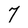
Character: 7